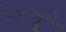
એમજીએસ